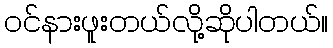
ဝင်နားဖူးတယ်လို့ဆိုပါတယ်။